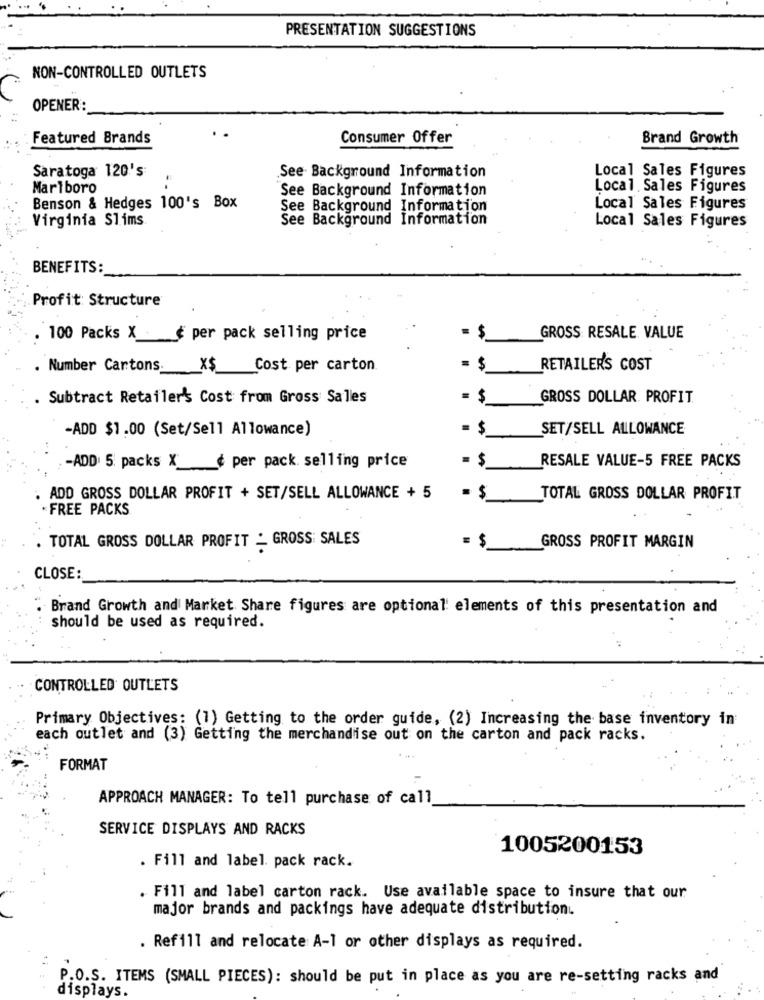
PRESENTATION SUGGESTIONS
NON-CONTROLLED OUTLETS
OPENER:
Featured Brands
Consumer Offer
Brand Growth
Saratoga 120's
Local Sales Figures
See Background Information
Marlboro
See Background Information
Local. Sales Figures
Benson & Hedges 100's Box
See Background Information
Local Sales Figures
Virginia Slims
See Background Information
Local Sales Figures
BENEFITS:
Profit: Structure
100 Packs X . ¢ per pack selling price
= $
GROSS RESALE VALUE
. Number Cartons
X$
Cost per carton
= $
RETAILER'S COST
. Subtract Retailer's Cost from Gross Salles
= $
GROSS DOLLAR. PROFIT
-ADD $1.00 (Set/Sell Allowance)
- $
SET/SELL ALLOWANCE
= $
RESALE VALUE-5 FREE PACKS
-ADD: 5 packs X __ ¢ per pack. selling price
ADD GROSS DOLLAR PROFIT + SET/SELL ALLOWANCE + 5
TOTAL GROSS DOLLAR PROFIT
* FREE PACKS
TOTAL GROSS DOLLAR PROFIT - GROSS SALES
GROSS PROFIT MARGIN
= $
CLOSE:
Brand Growth and Market Share figures are optional elements of this presentation and
should be used as required.
CONTROLLED OUTLETS
Primary Objectives: (1) Getting to the order guide, (2) Increasing the base inventory in
each outlet and (3) Getting the merchandise out on the carton and pack racks.
FORMAT
APPROACH MANAGER: To tell purchase of call
SERVICE DISPLAYS AND RACKS
1005200153
. Fill and label. pack rack.
. Fill and label carton rack. Use available space to insure that our
major brands and packings have adequate distribution.
. Refill and relocate A-1 or other displays as required.
P.O.S. ITEMS (SMALL PIECES): should be put in place as you are re-setting racks and
displays.